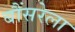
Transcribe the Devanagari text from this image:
बौंसरेला